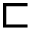
\sqsubset